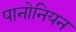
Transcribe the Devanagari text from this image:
पानोनियन